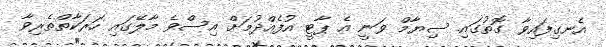
އެނގިފައިވާ ގޮތުގައި ސިޔާމް ވަނީ އެ ޕާޓީ އުފެއްދުމަށް އިސްވެ މާލޭގައި ހަރަކާތްތެރިވާ